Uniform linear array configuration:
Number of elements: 8
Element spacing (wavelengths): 0.5
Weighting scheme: cosine
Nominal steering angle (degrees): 30
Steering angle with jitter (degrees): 30.426
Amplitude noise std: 0.05
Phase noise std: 0.05

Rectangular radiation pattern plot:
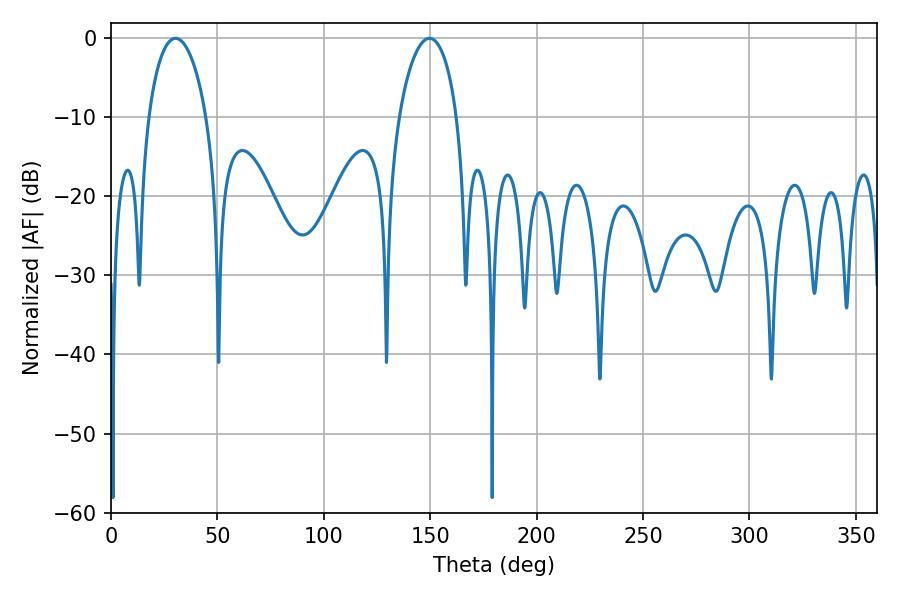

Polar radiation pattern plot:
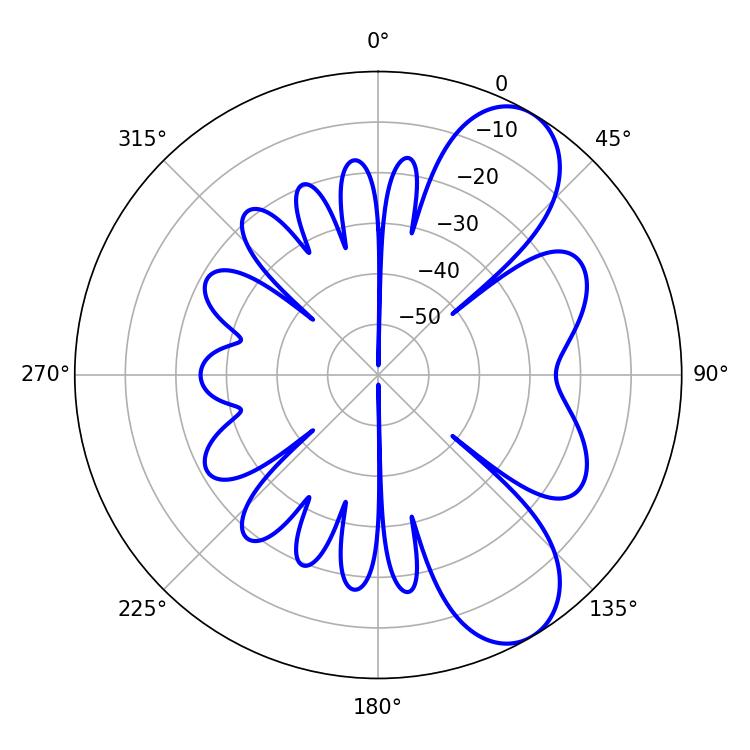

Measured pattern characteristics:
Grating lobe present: FALSE
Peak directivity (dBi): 8.232
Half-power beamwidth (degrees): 15.48
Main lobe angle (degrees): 30.42